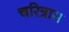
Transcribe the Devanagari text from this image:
चरित्रास